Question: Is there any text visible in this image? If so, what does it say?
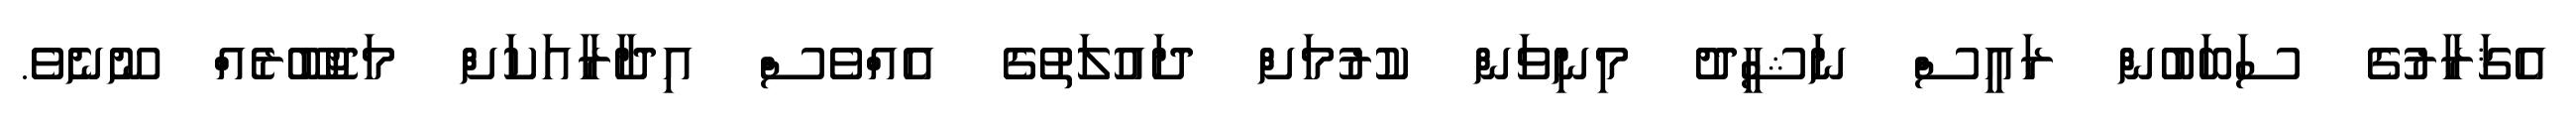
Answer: އެޤަރާރުގެ ސަބަބުން ރައީސް ނަޝީދު މިނިވަން ކުރުމަށް ދައުލަތުގެ އެއްވެސް އިދާރާއަކަށް މަޖުބޫރެއް ނޫނެވެ.